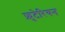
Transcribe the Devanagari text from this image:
फ्रुटेरियन